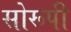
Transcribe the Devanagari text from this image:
सोरूपी